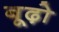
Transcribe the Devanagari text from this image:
बूढ़ो